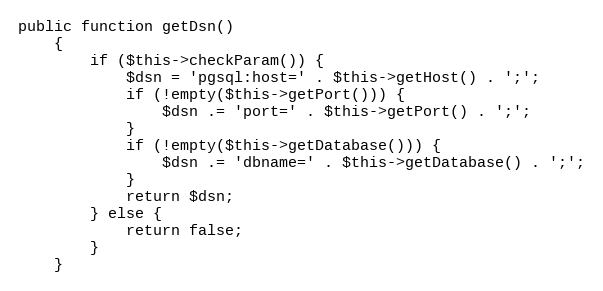
Language: PHP
public function getDsn()
    {
        if ($this->checkParam()) {
            $dsn = 'pgsql:host=' . $this->getHost() . ';';
            if (!empty($this->getPort())) {
                $dsn .= 'port=' . $this->getPort() . ';';
            }
            if (!empty($this->getDatabase())) {
                $dsn .= 'dbname=' . $this->getDatabase() . ';';
            }
            return $dsn;
        } else {
            return false;
        }
    }